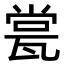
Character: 瓽